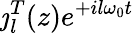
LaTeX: \jmath_{l}^{T}(z)e^{+il\omega_{0}t}